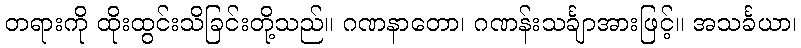
တရားကို ထိုးထွင်းသိခြင်းတို့သည်။ ဂဏနာတော၊ ဂဏန်းသင်္ချာအားဖြင့်။ အသင်္ခယာ၊